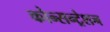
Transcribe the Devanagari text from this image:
कोन्सन्ट्रेशन